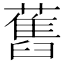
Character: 舊